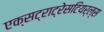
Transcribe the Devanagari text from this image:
एक्सट्राट्रेसटियर्ल्स